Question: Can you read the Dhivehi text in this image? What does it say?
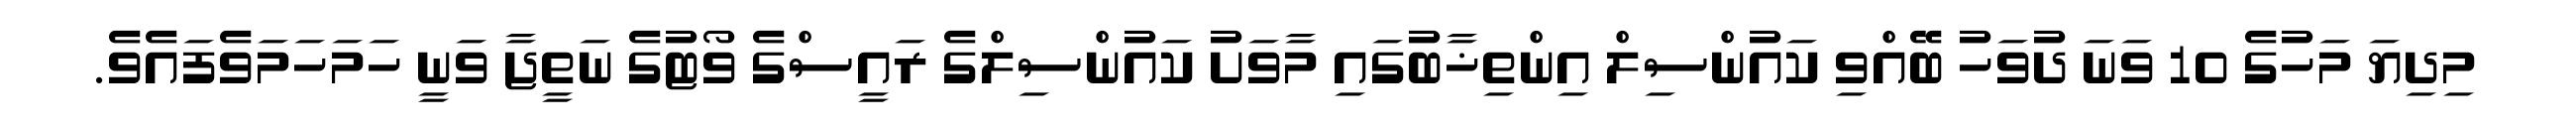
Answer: މިދިޔަ މަހުގެ 10 ވަނަ ދުވަހު ބޭއްވި ކައުންސިލް އިންތިޚާބުގައި މާވަށު ކައުންސިލްގެ ރައީސްގެ ވޯޓުގެ ނަތީޖާ ވަނީ ހަމަހަމަވެފައެވެ.